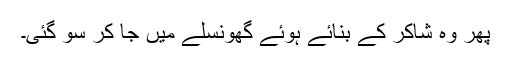
پھر وہ شاکر کے بنائے ہوئے گھونسلے میں جا کر سو گئی۔